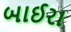
બાઈરા